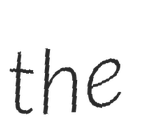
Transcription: the